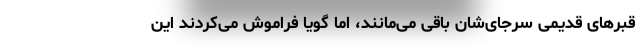
قبرهای قدیمی سرجای‌شان باقی می‌مانند، اما گویا فراموش می‌کردند این